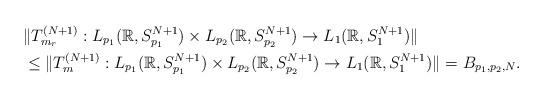
LaTeX: \begin{align*}&\Vert T_{ m_r }^{(N+1)}: L_{p_1}(\mathbb{R}, S_{p_1}^{N+1}) \times L_{p_2}(\mathbb{R}, S_{p_2}^{N+1} ) \rightarrow L_{1}(\mathbb{R}, S_{1}^{N+1}) \Vert \\& \leq \Vert T_{ m}^{(N+1)}: L_{p_1}(\mathbb{R}, S_{p_1}^{N+1}) \times L_{p_2}(\mathbb{R}, S_{p_2}^{N+1} ) \rightarrow L_{1}(\mathbb{R}, S_{1}^{N+1}) \Vert = B_{p_1, p_2,N}.\end{align*}